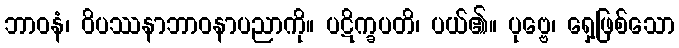
ဘာဝနံ၊ ဝိပဿနာဘာဝနာပညာကို။ ပဋိက္ခပတိ၊ ပယ်၏။ ပုဗ္ဗေ၊ ရှေ့ဖြစ်သော